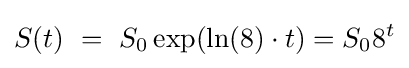
S(t)\ =\ S_{0}\exp(\ln(8)\cdot t)=S_{0}8^{t}